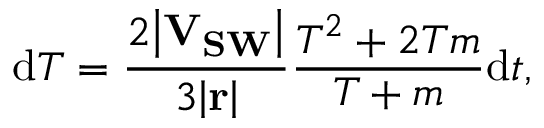
\mathrm { d } T = \frac { 2 \mathbf { \left| V _ { S W } \right| } } { 3 \mathbf { \left| r \right| } } \frac { T ^ { 2 } + 2 T m } { T + m } \mathrm { d } t ,